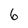
Character: 6